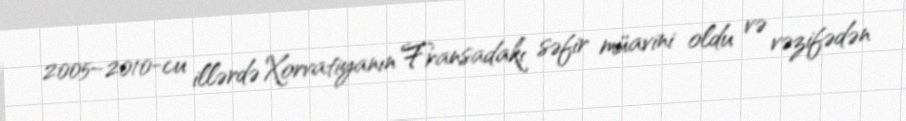
2005–2010-cu illərdə Xorvatiyanın Fransadakı səfir müavini oldu və vəzifədən